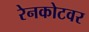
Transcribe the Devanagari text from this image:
रेनकोटवर